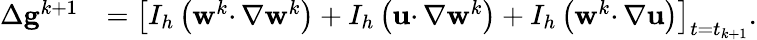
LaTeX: \begin{array}{rl}{\Delta\mathbf{g}^{k+1}}&{=\left[I_{h}\left(\mathbf{w}^{k}\cdotp\nabla\mathbf{w}^{k}\right)+I_{h}\left(\mathbf{u}\cdotp\nabla\mathbf{w}^{k}\right)+I_{h}\left(\mathbf{w}^{k}\cdotp\nabla\mathbf{u}\right)\right]_{t=t_{k+1}}.}\end{array}